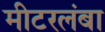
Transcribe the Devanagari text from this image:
मीटरलंबा